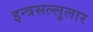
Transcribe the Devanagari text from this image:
इन्त्रसल्लुलार